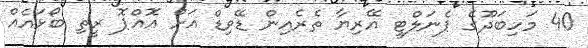
40 މަހިބަދޫގެ ޕެނަލްޓީ އޭރިޔާ ތެރެއިން ޑޭވިޑް އަށް އޮއްޕޮ ރީތި ބޯޅައެއް